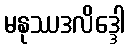
မနုဿဒလိဒ္ဒေါ